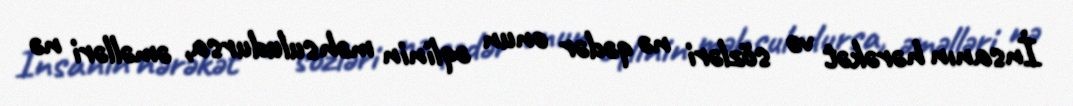
İnsanın hərəkət və sözləri nə qədər onun əqlinin məhsuludursa, əməlləri nə